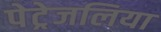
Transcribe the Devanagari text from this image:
पेट्रेजलिया